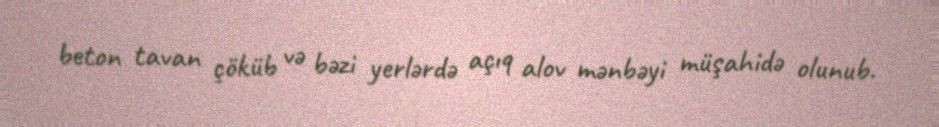
beton tavan çöküb və bəzi yerlərdə açıq alov mənbəyi müşahidə olunub.